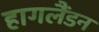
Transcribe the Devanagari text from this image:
हागलैंडन